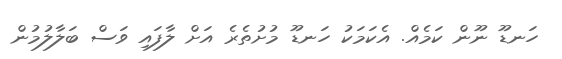
ހަނޑޫ ނޫން ކަމެއް. އެކަމަކު ހަނޑޫ މުށުތެރެ އަށް ލާފައި ވަސް ބަލާލުމުން